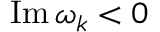
\operatorname { I m } \omega _ { k } < 0